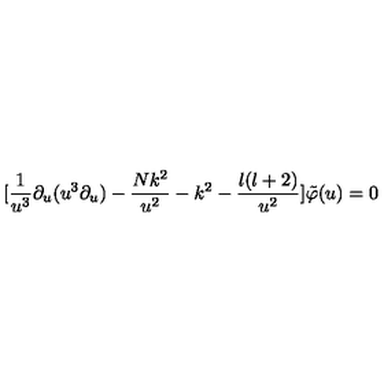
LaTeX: [ \frac { 1 } { u ^ { 3 } } \partial _ { u } ( u ^ { 3 } \partial _ { u } ) - \frac { N k ^ { 2 } } { u ^ { 2 } } - k ^ { 2 } - \frac { l ( l + 2 ) } { u ^ { 2 } } ] \tilde { \varphi } ( u ) = 0